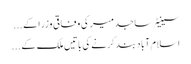
سینیٹر ساجد میر کی وفاقی وزرا کے ...
اسلام آباد بند کرنے کی باتیں ملک کے ...